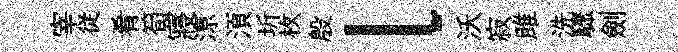
宰従肴筍寢鿌湏圻枚殷l沃寂雎洗驟劍